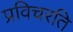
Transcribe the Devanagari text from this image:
प्रविचरति